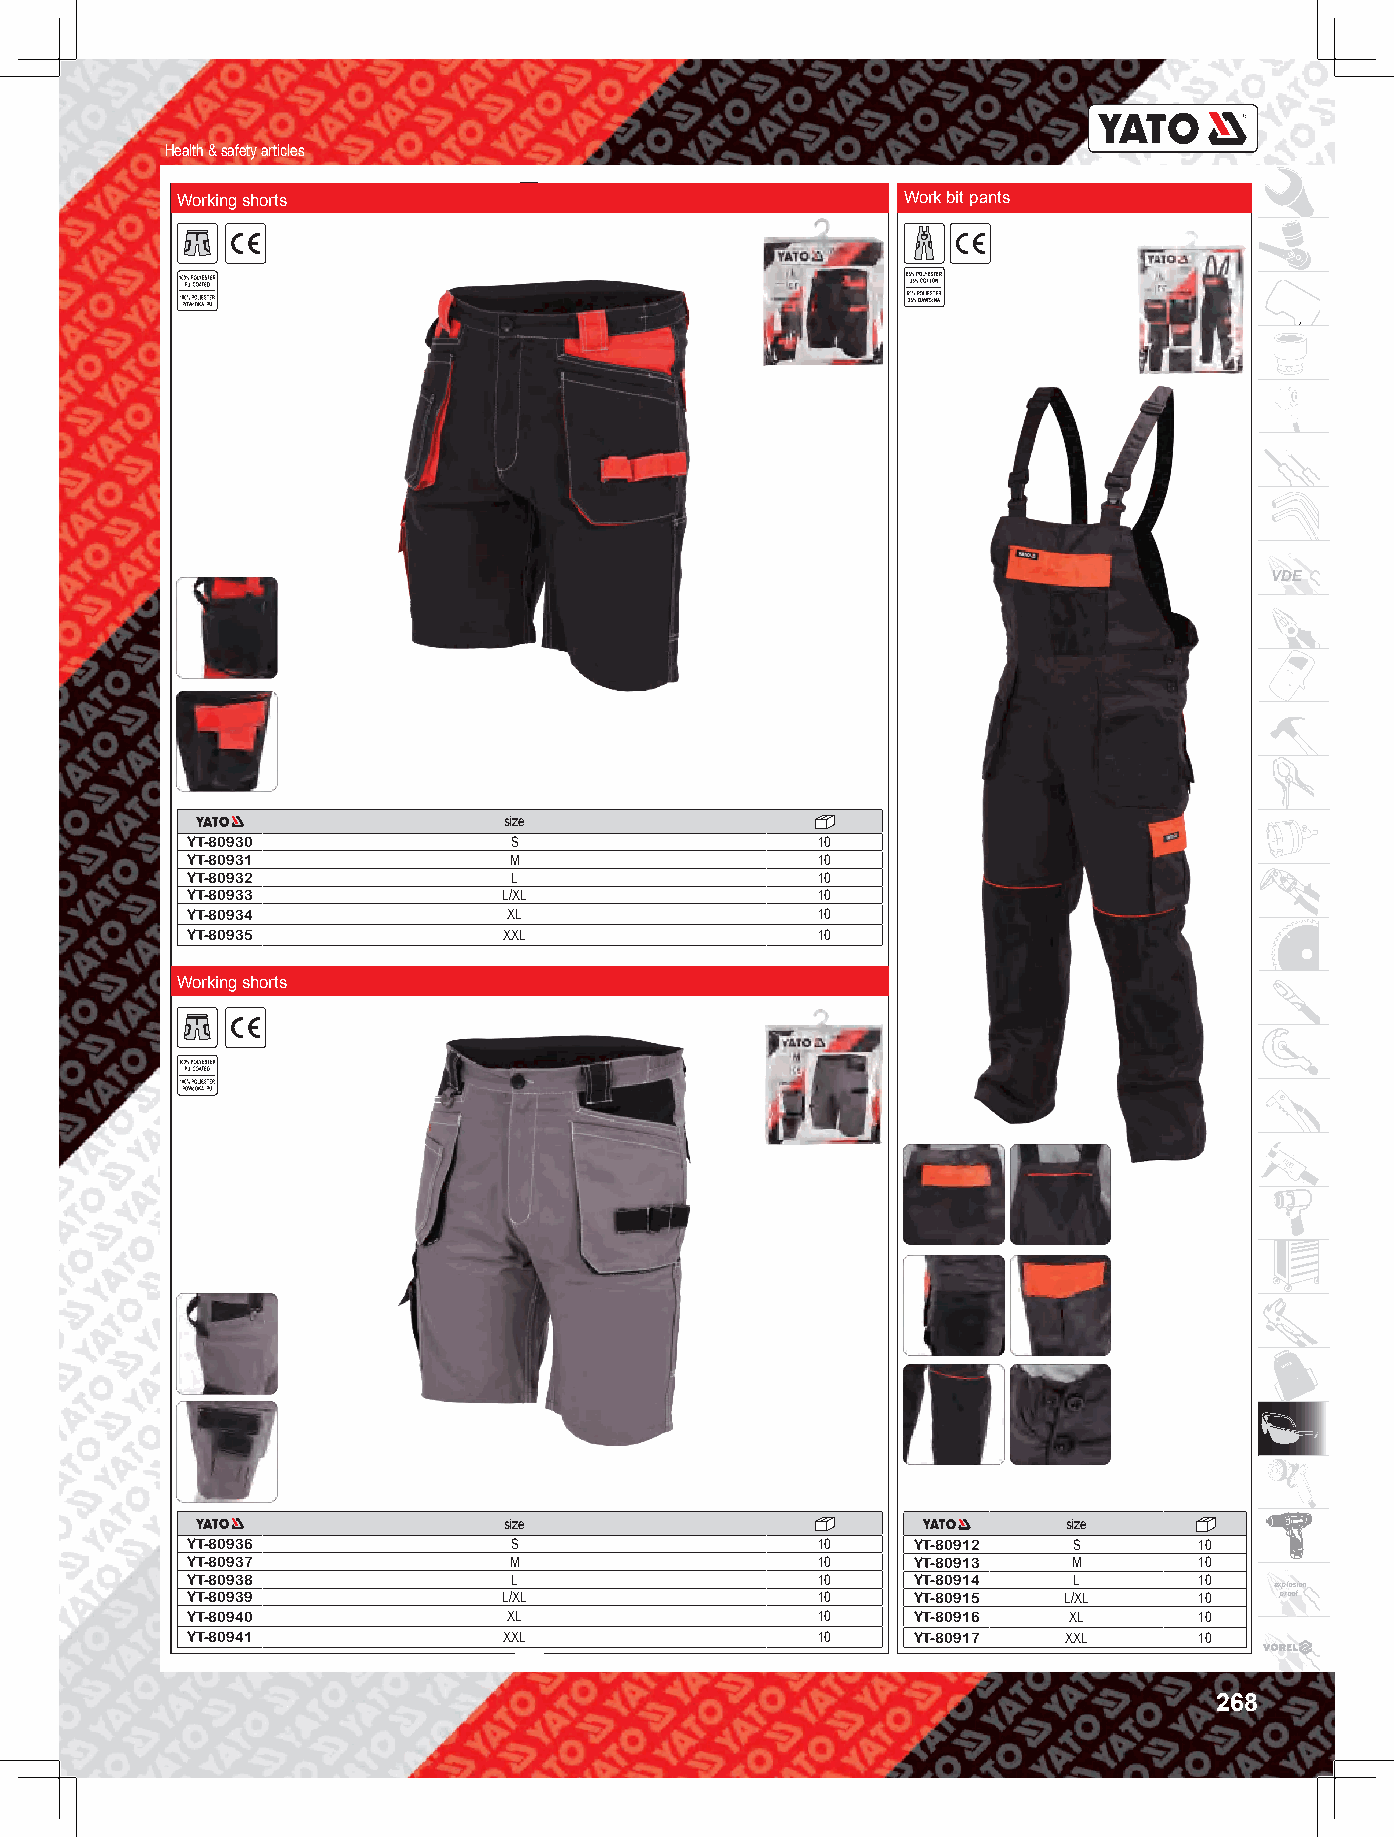
Health & safety articles
 Working shorts                                  Work bit pants
 VDE
 size
 YT-80930              S                   10
 YT-80931              M                   10
 YT-80932              L                   10
 YT-80933             L/XL                 10
 YT-80934              XL                  10
 YT-80935             XXL                  10
 Working shorts
 size                                  size
 YT-80936              S                   10    YT-80912   S       10
 YT-80937              M                   10    YT-80913   M       10
 YT-80938              L                   10    YT-80914   L       10
 explosion
 YT-80939             L/XL                 10    YT-80915  L/XL     10    proof
 YT-80940              XL                  10    YT-80916   XL      10
 YT-80941             XXL                  10    YT-80917   XXL     10
 268